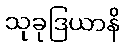
သုခုဒြယာနိ